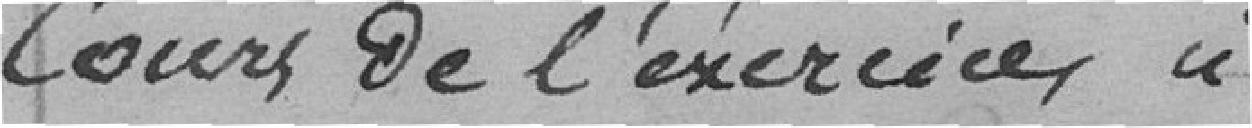
cours de l'exercice.